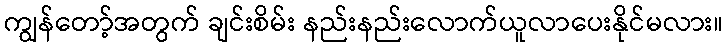
ကျွန်တော့်အတွက် ချင်းစိမ်း နည်းနည်းလောက်ယူလာပေးနိုင်မလား။